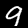
Label: 9